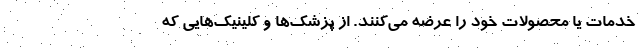
خدمات یا محصولات خود را عرضه می‌کنند. از پزشک‌ها و کلینیک‌هایی که